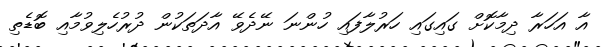
އާ އަހަރާ ދިމާކޮށް ގައިގައި ހަރުލާފައި ހުންނަ ނޭދެވޭ އާދަތަކުން ދުރުހެލިވުމާއި ބޮޑެތި